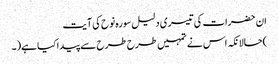
ان حضرات کی تیسری دلیل سورہ نوح کی آیت
)حالانکہ اس نے تمہیں طرح طرح سے پیداکیا ہے(۔